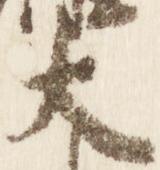
大